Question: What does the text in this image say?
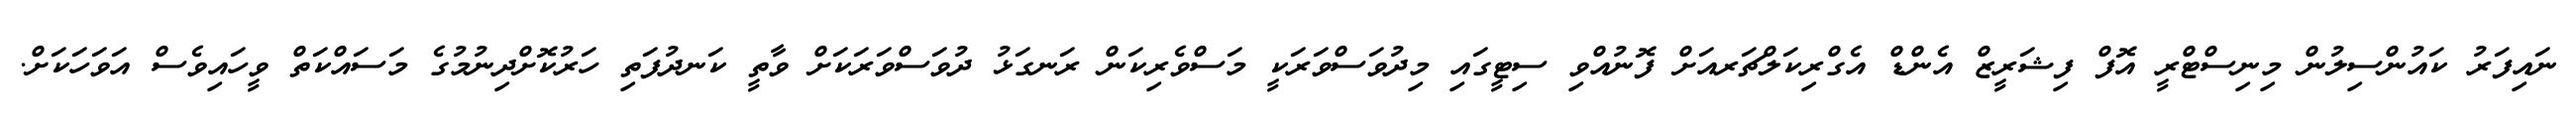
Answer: ނައިފަރު ކައުންސިލުން މިނިސްޓްރީ އޮފް ފިޝަރީޒް އެންޑް އެގްރިކަލްޗަރއަށް ފޮނުއްވި ސިޓީގައި މިދުވަސްވަރަކީ މަސްވެރިކަން ރަނގަޅު ދުވަސްވަރަކަށް ވާތީ ކަނދުފަތި ހަރުކޮށްދިނުމުގެ މަސައްކަތް ވީހައިވެސް އަވަހަކަށް.